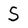
Character: S